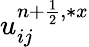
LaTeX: u_{ij}^{{n+\frac{1}{2}},\ast x}